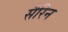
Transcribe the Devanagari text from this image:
सैरिन